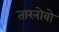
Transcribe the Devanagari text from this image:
तारनोवो